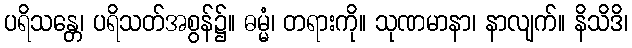
ပရိသန္တေ၊ ပရိသတ်အစွန်၌။ ဓမ္မံ၊ တရားကို။ သုဏမာနာ၊ နာလျက်။ နိသိဒိ၊